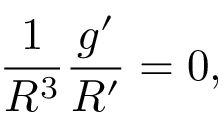
\frac { 1 } { R ^ { 3 } } \frac { g ^ { \prime } } { R ^ { \prime } } = 0 ,